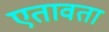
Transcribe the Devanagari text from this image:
एतावता